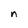
Character: n